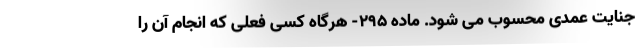
جنایت عمدی محسوب می شود. ماده ۲۹۵- هرگاه کسی فعلی که انجام آن را